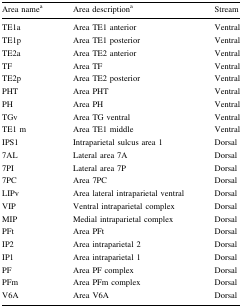
<table><thead><tr><td><b>Area name<sup>a</sup></b></td><td><b>Area description<sup>a</sup></b></td><td><b>Stream</b></td></tr></thead><tbody><tr><td>TE1a</td><td>Area TE1 anterior</td><td>Ventral</td></tr><tr><td>TE1p</td><td>Area TE1 posterior</td><td>Ventral</td></tr><tr><td>TE2a</td><td>Area TE2 anterior</td><td>Ventral</td></tr><tr><td>TF</td><td>Area TF</td><td>Ventral</td></tr><tr><td>TE2p</td><td>Area TE2 posterior</td><td>Ventral</td></tr><tr><td>PHT</td><td>Area PHT</td><td>Ventral</td></tr><tr><td>PH</td><td>Area PH</td><td>Ventral</td></tr><tr><td>TGv</td><td>Area TG ventral</td><td>Ventral</td></tr><tr><td>TE1 m</td><td>Area TE1 middle</td><td>Ventral</td></tr><tr><td>IPS1</td><td>Intraparietal sulcus area 1</td><td>Dorsal</td></tr><tr><td>7AL</td><td>Lateral area 7A</td><td>Dorsal</td></tr><tr><td>7PI</td><td>Lateral area 7P</td><td>Dorsal</td></tr><tr><td>7PC</td><td>Area 7PC</td><td>Dorsal</td></tr><tr><td>LIPv</td><td>Area lateral intraparietal ventral</td><td>Dorsal</td></tr><tr><td>VIP</td><td>Ventral intraparietal complex</td><td>Dorsal</td></tr><tr><td>MIP</td><td>Medial intraparietal complex</td><td>Dorsal</td></tr><tr><td>PFt</td><td>Area PFt</td><td>Dorsal</td></tr><tr><td>IP2</td><td>Area intraparietal 2</td><td>Dorsal</td></tr><tr><td>IP1</td><td>Area intraparietal 1</td><td>Dorsal</td></tr><tr><td>PF</td><td>Area PF complex</td><td>Dorsal</td></tr><tr><td>PFm</td><td>Area PFm complex</td><td>Dorsal</td></tr><tr><td>V6A</td><td>Area V6A</td><td>Dorsal</td></tr></tbody></table>